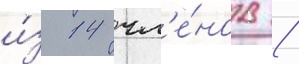
и́з 14 чл'е́нов /